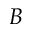
B